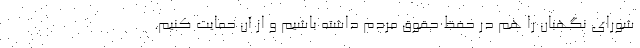
شورای نگهبان را هم در حفظ حقوق مردم داشته باشیم و از آن حمایت کنیم.